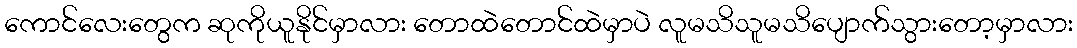
ကောင်လေးတွေက ဆုကိုယူနိုင်မှာလား တောထဲတောင်ထဲမှာပဲ လူမသိသူမသိပျောက်သွားတော့မှာလား